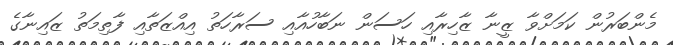
މެންބަރުން ކަމަށްވާ ޒީނާ ޒާހިރާއި ހަސަން ނަބާހުއާއި ސަރާހަތު އިއްޒަތާއި ފާތިމަތު ޒައިނާގެ